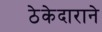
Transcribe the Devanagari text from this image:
ठेकेदाराने